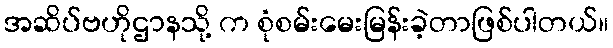
အဆိပ်ဗဟိုဌာနသို့ က စုံစမ်းမေးမြန်းခဲ့တာဖြစ်ပါတယ်။